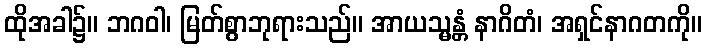
ထိုအခါ၌။ ဘဂဝါ၊ မြတ်စွာဘုရားသည်။ အာယသ္မန္တံ နာဂိတံ၊ အရှင်နာဂတကို။